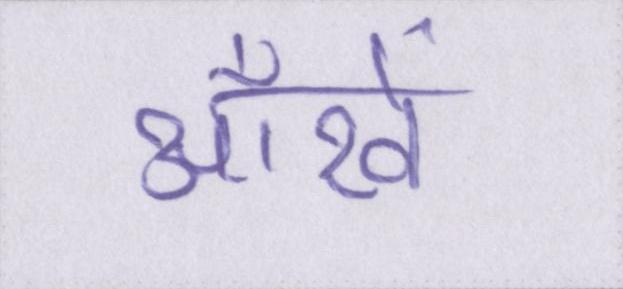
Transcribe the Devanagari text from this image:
आँखें